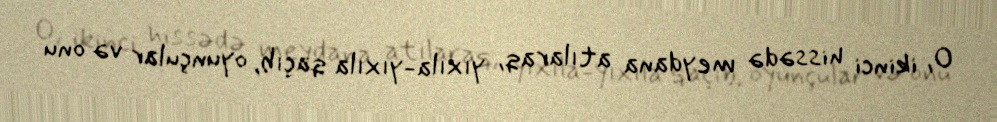
O, ikinci hissədə meydana atılaraq, yıxıla-yıxıla qaçıb, oyunçular və onu